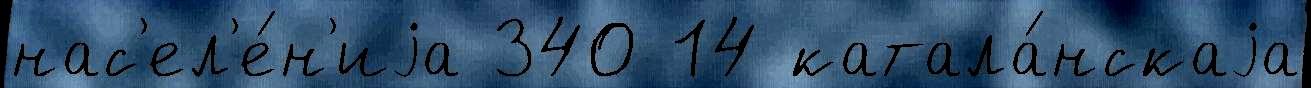
нас'ел'е́н'иjа 340 14 катала́нскаjа